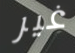
غير